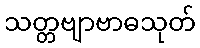
သတ္တဗျာဗာဓသုတ်